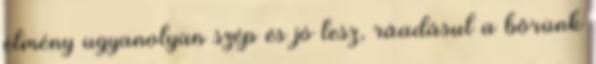
élmény ugyanolyan szép és jó lesz, ráadásul a bőrünk